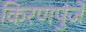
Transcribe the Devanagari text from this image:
किरणपुंजें